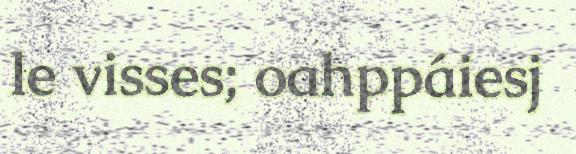
le visses; oahppáiesj